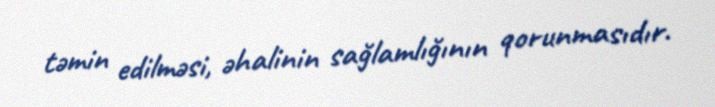
təmin edilməsi, əhalinin sağlamlığının qorunmasıdır.